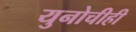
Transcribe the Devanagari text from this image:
युनोचीही